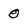
Character: 0